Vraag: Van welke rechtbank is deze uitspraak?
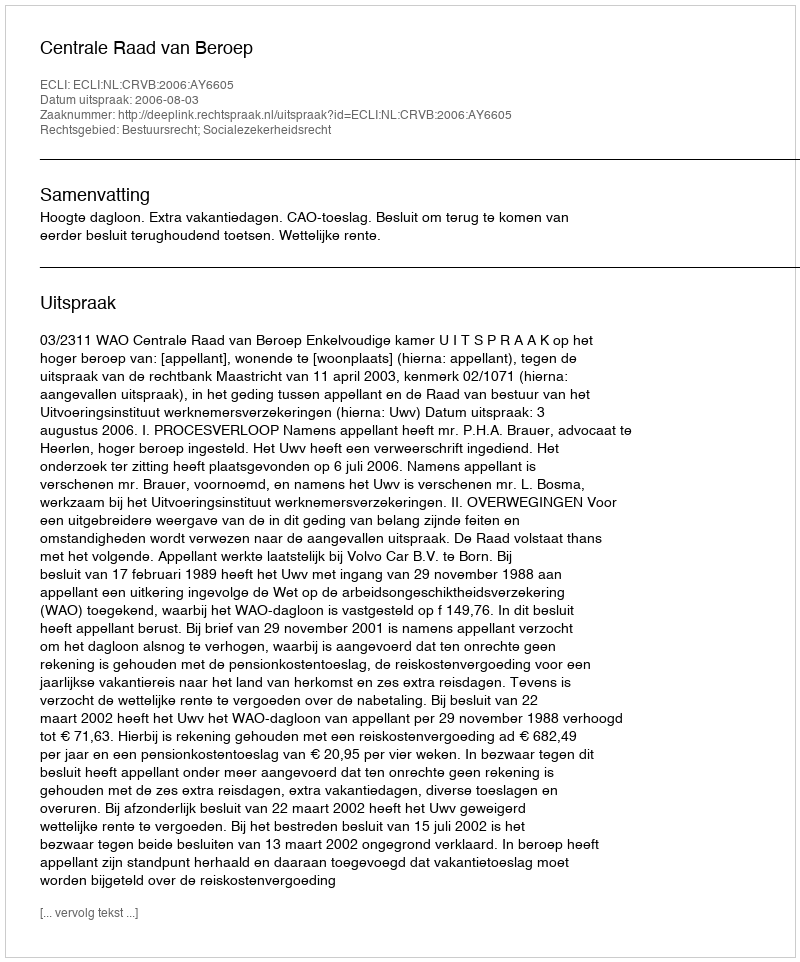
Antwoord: Centrale Raad van Beroep